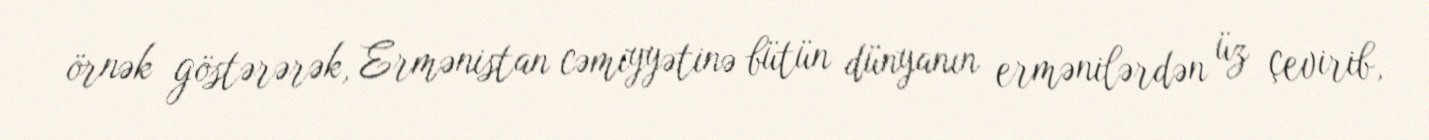
örnək göstərərək, Ermənistan cəmiyyətinə bütün dünyanın ermənilərdən üz çevirib,